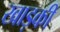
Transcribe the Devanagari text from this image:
खाड़की